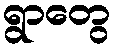
ရွာတွေ